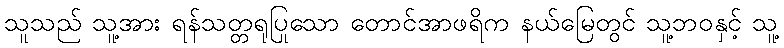
သူသည် သူ့အား ရန်သတ္တရုပြုသော တောင်အာဖရိက နယ်မြေတွင် သူ့ဘဝနှင့် သူ့